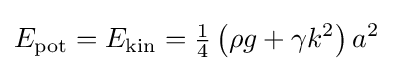
E_{\text{pot}}=E_{\text{kin}}={\tfrac {1}{4}}\left(\rho g+\gamma k^{2}\right)a^{2}